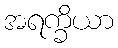
အရက္ခိယာ